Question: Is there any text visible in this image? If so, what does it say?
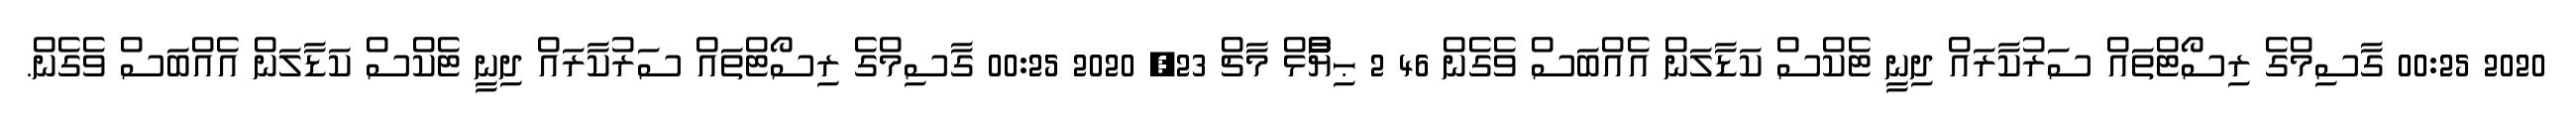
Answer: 2020 00:25 ގާސިމްގެ ރިސޯޓްތައް ސަރުކާރައް ދިނީ ޓެކްސް ކަޑާލަން އެއްބަސް ވެގެން 46 2 ޙިޔާާްްޅް މާޗް 23, 2020 00:25 ގާސިމްގެ ރިސޯޓްތައް ސަރުކާރައް ދިނީ ޓެކްސް ކަޑާލަން އެއްބަސް ވެގެން.